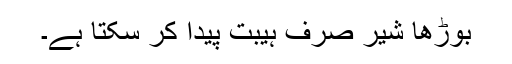
بوڑھا شیر صرف ہیبت پیدا کر سکتا ہے۔